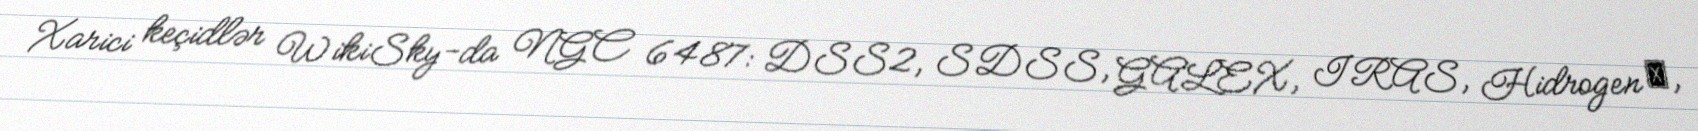
Xarici keçidlər WikiSky-da NGC 6487: DSS2, SDSS, GALEX, IRAS, Hidrogen α,